Scientific memoirs by medical officers of the Army of India - Part III,
Year: 1887
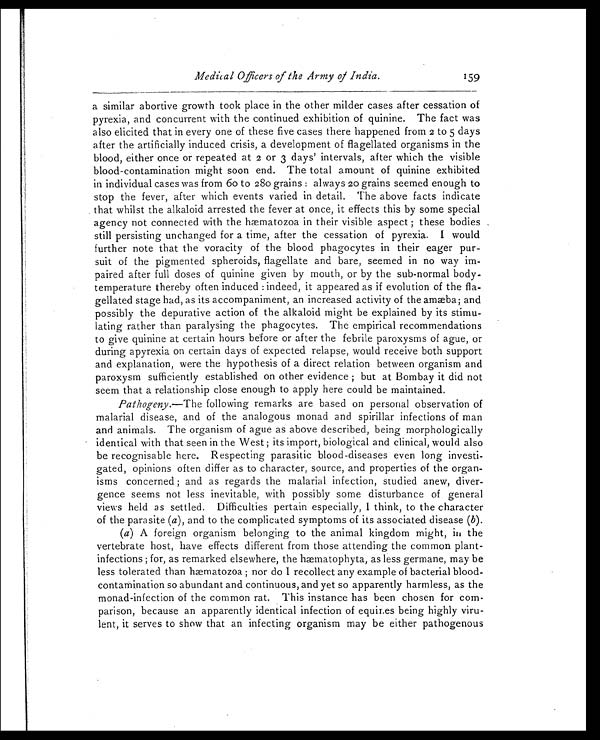
Medical Officers of the Army of India.
159
a similar abortive growth took place in the other milder cases after cessation of
pyrexia, and concurrent with the continued exhibition of quinine. The fact was
also elicited that in every one of these five cases there happened from 2 to 5 days
after the artificially induced crisis, a development of flagellated organisms in the
blood, either once or repeated at 2 or 3 days' intervals, after which the visible
blood-contamination might soon end. The total amount of quinine exhibited
in individual cases was from 60 to 280 grains : always 20 grains seemed enough to
stop the fever, after which events varied in detail. The above facts indicate
that whilst the alkaloid arrested the fever at once, it effects this by some special
agency not connected with the hæmatozoa in their visible aspect ; these bodies
still persisting unchanged for a time, after the cessation of pyrexia. I would
further note that the voracity of the blood phagocytes in their eager pur-
suit of the pigmented spheroids, flagellate and bare, seemed in no way im-
paired after full doses of quinine given by mouth, or by the sub-normal body-
temperature thereby often induced : indeed, it appeared as if evolution of the fla-
gellated stage had, as its accompaniment, an increased activity of the amæba; and
possibly the depurative action of the alkaloid might be explained by its stimu-
lating rather than paralysing the phagocytes. The empirical recommendations
to give quinine at certain hours before or after the febrile paroxysms of ague, or
during apyrexia on certain days of expected relapse, would receive both support
and explanation, were the hypothesis of a direct relation between organism and
paroxysm sufficiently established on other evidence ; but at Bombay it did not
seem that a relationship close enough to apply here could be maintained.
Pathogeny. —The following remarks are based on personal observation of
malarial disease, and of the analogous monad and spirillar infections of man
and animals. The organism of ague as above described, being morphologically
identical with that seen in the West ; its import, biological and clinical, would also
be recognisable here. Respecting parasitic blood-diseases even long investi-
gated, opinions often differ as to character, source, and properties of the organ-
isms concerned ; and as regards the malarial infection, studied anew, diver-
gence seems not less inevitable, with possibly some disturbance of general
views held as settled. Difficulties pertain especially, I think, to the character
of the parasite ( a), and to the complicated symptoms of its associated disease ( b) .
(a) A foreign organism belonging to the animal kingdom might, in the
vertebrate host, have effects different from those attending the common plant-
infections ; for, as remarked elsewhere, the hæmatophyta, as less germane, may be
less tolerated than hæmatozoa ; nor do I recollect any example of bacterial blood-
contamination so abundant and continuous, and yet so apparently harmless, as the
monad-infection of the common rat. This instance has been chosen for com-
parison, because an apparently identical infection of equines being highly viru-
lent, it serves to show that an infecting organism may be either pathogenous